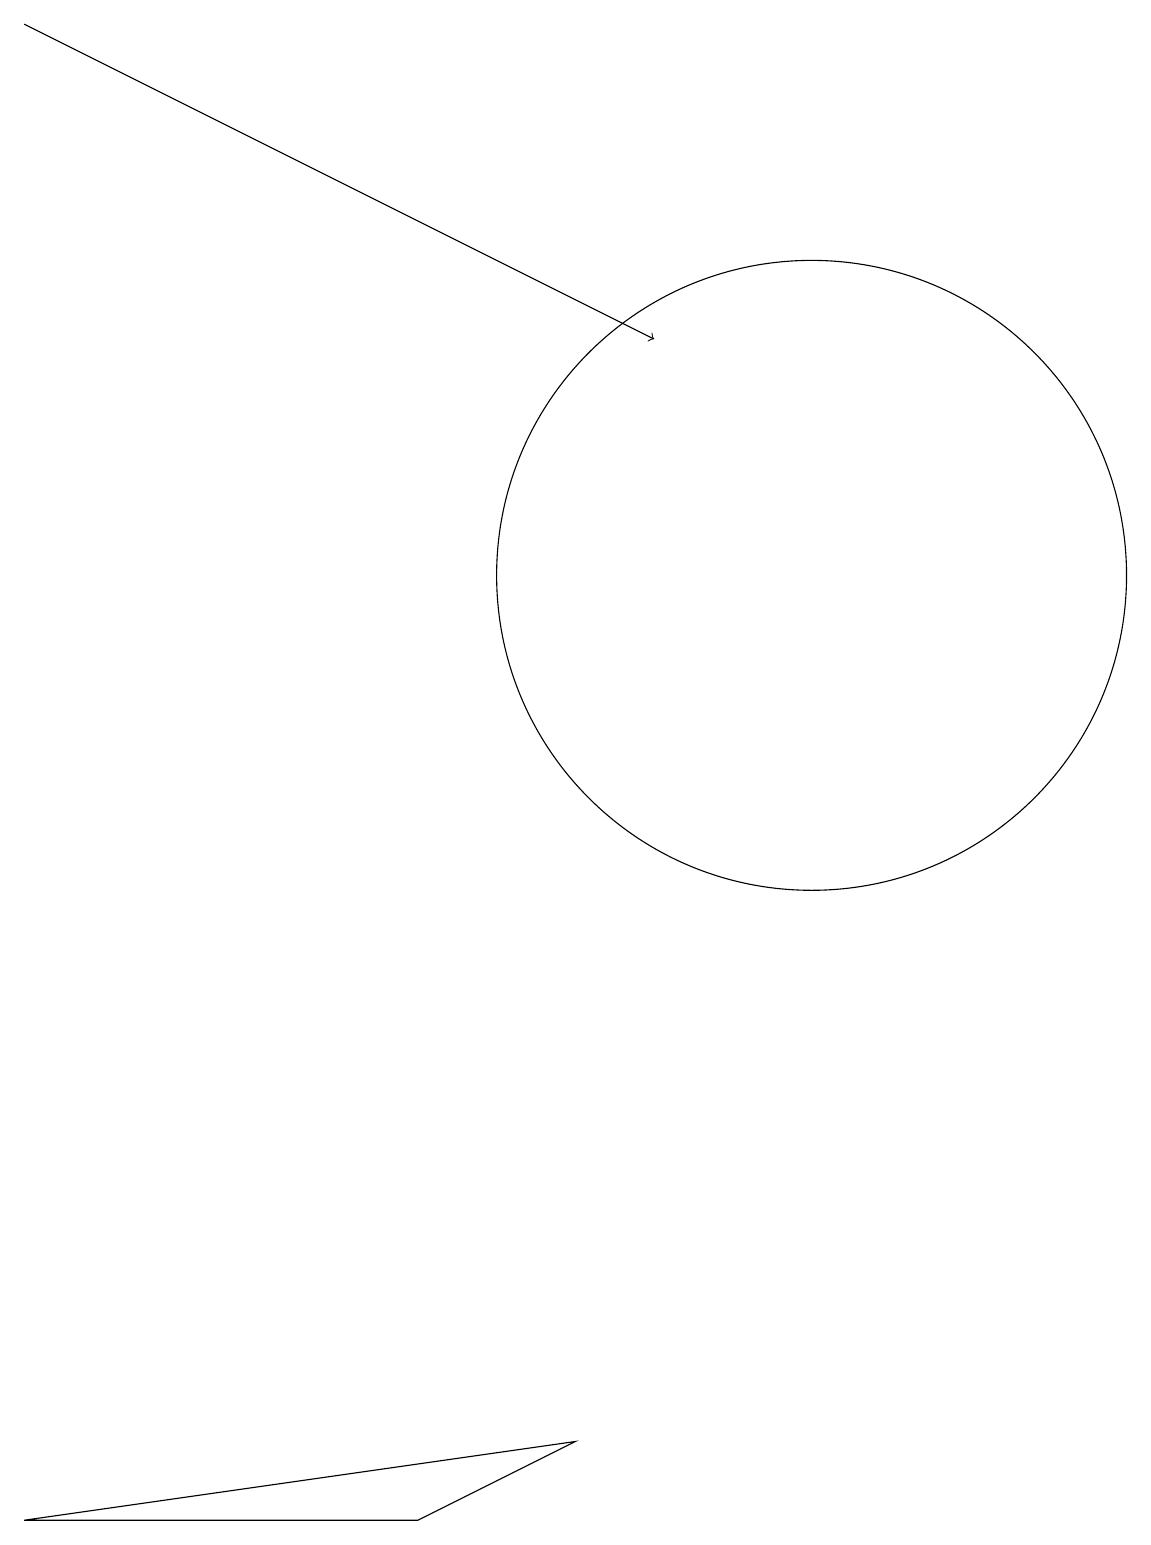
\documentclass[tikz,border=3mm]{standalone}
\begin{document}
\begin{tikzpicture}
\draw (10,12) circle (4);
\draw (7,1) -- (5,0) -- (0,0) -- cycle;
\draw[->] (0,19) -- (8,15);
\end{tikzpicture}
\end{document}